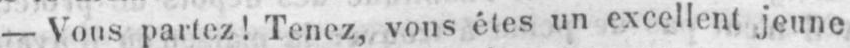
- Vous partez! Tenez, vous êtes un excellent jeune